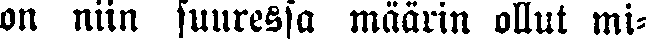
on niin suuressa määrin ollut mi-